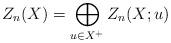
LaTeX: \begin{align*}Z_n(X) = \bigoplus_{u \in X^+} Z_n(X; u)\end{align*}